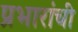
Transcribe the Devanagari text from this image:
प्रभारांची